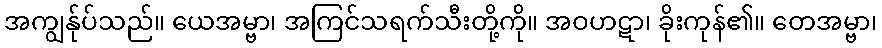
အကျွန်ုပ်သည်။ ယေအမ္ဗာ၊ အကြင်သရက်သီးတို့ကို။ အဝဟဋာ၊ ခိုးကုန်၏။ တေအမ္ဗာ၊